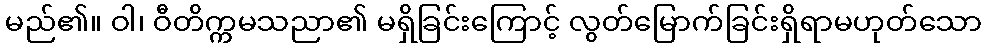
မည်၏။ ဝါ၊ ဝီတိက္ကမသညာ၏ မရှိခြင်းကြောင့် လွတ်မြောက်ခြင်းရှိရာမဟုတ်သော